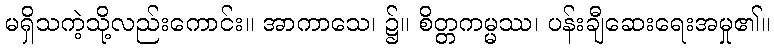
မရှိသကဲ့သို့လည်းကောင်း။ အာကာသေ၊ ၌။ စိတ္တကမ္မဿ၊ ပန်းချီဆေးရေးအမှု၏။